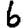
Digit: 6